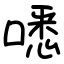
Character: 㗭